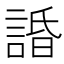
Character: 諙